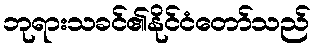
ဘုရားသခင်၏နိုင်ငံတော်သည်